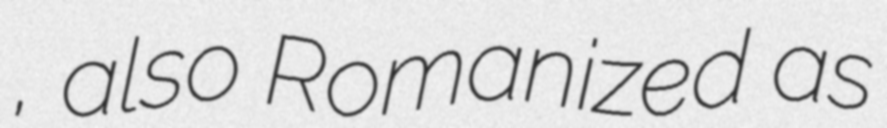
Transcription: اباد, also Romanized as